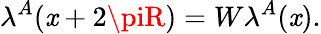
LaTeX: \lambda^{A}(\mathit{x}+2\piR)=W\lambda^{A}(\mathit{x}).